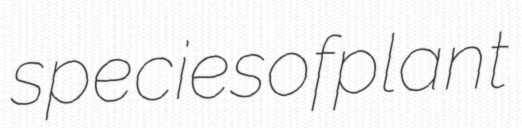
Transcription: species of plant